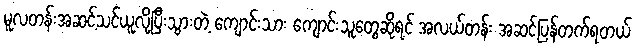
မူလတန်းအဆင့်သင်ယူလို့ပြီးသွားတဲ့ ကျောင်းသား ကျောင်းသူတွေဆိုရင် အလယ်တန်း အဆင့်ပြန်တက်ရတယ်